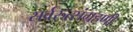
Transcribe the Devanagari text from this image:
सर्वरुत्संग्रहणी